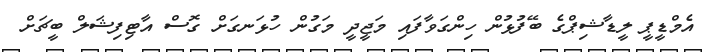
އެމްޑީޕީ ލީޑާޝިޕްގެ ބޭފުޅުން ހިންގަވާފައި މަޖީދީ މަގުން ހުޅަނގަށް ގޮސް އާޓިފިޝަލް ބީޗަށް